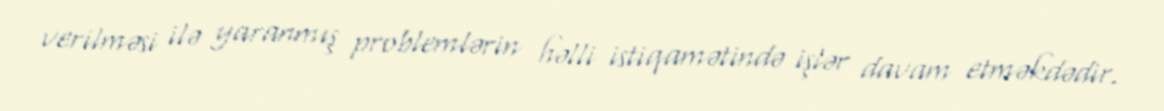
verilməsi ilə yaranmış problemlərin həlli istiqamətində işlər davam etməkdədir.